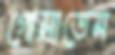
গোম্‌রাতেম